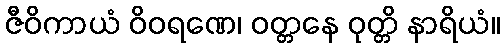
ဇီဝိကာယံ ဝိဝရဏေ၊ ဝတ္တနေ ဝုတ္တိ နာရိယံ။